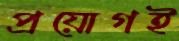
প্রয়োগই